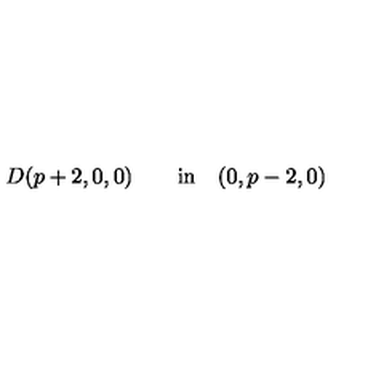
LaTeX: D ( p + 2 , 0 , 0 ) \qquad \mathrm { i n } \quad ( 0 , p - 2 , 0 )